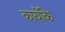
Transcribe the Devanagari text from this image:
कार्योके